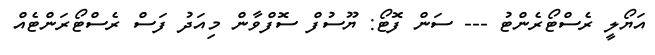
އަޔޯލީ ރެސްޓޯރެންޓު --- ސަން ފޮޓޯ: ޔޫސުފް ސޮފްވާން މިއަދު ފަސް ރެސްޓޯރަންޓެއް